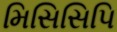
મિસિસિપિ